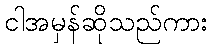
ငါအမှန်ဆိုသည်ကား